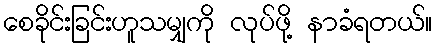
စေခိုင်းခြင်းဟူသမျှကို လုပ်ဖို့ နာခံရတယ်။